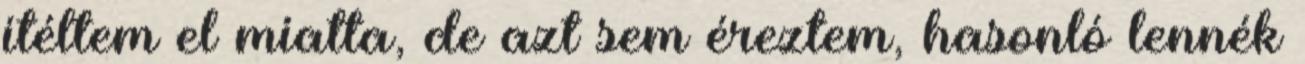
ítéltem el miatta, de azt sem éreztem, hasonló lennék